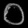
Digit: ၀